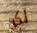
لكن